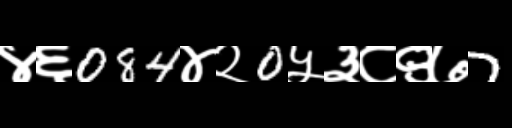
Text: ४६084४२0५३८९७7